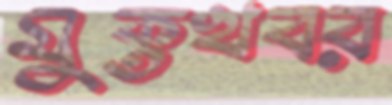
মুক্তখবর